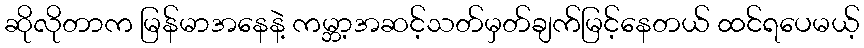
ဆိုလိုတာက မြန်မာအနေနဲ့ ကမ္ဘာ့အဆင့်သတ်မှတ်ချက်မြင့်နေတယ် ထင်ရပေမယ့်